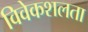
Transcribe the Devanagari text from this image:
विवेकशलता